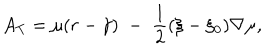
A _ { T } = \mu ( r - \gamma ) \; - \; \frac { 1 } { 2 } ( \xi - \xi _ { 0 } ) \nabla \mu ,